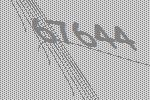
67644